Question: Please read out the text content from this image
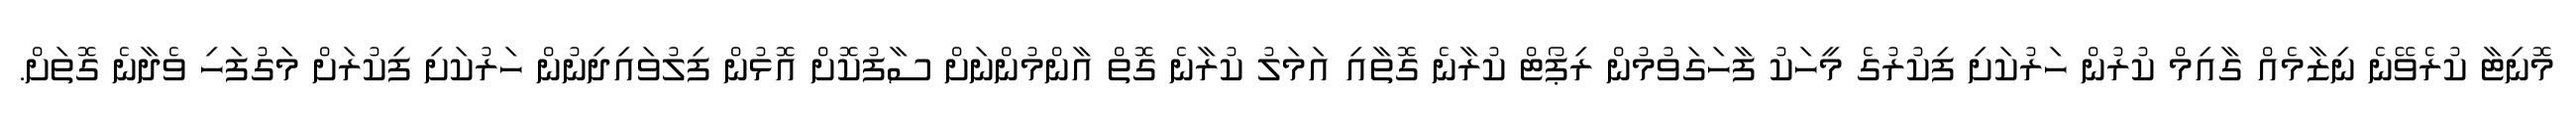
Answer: މޮނިޓާ ކުރެވޭނެ ނިޒާމެއް ގާއިމް ކުރުން ހަރުކަށި ފިކުރުގެ މީހަކު ފާހަގަވުމުން ރިޕޯޓް ކުރާނެ ގޮތާއި އަމަލު ކުރާނެ ގޮތް އާންމުންނަށް ސާފުކޮށް އޮޅުން ފިލުވައިދިނުން ހަރުކަށި ފިކުރަށް މަގުފަހި ވެދާނެ ގޮތަށް.